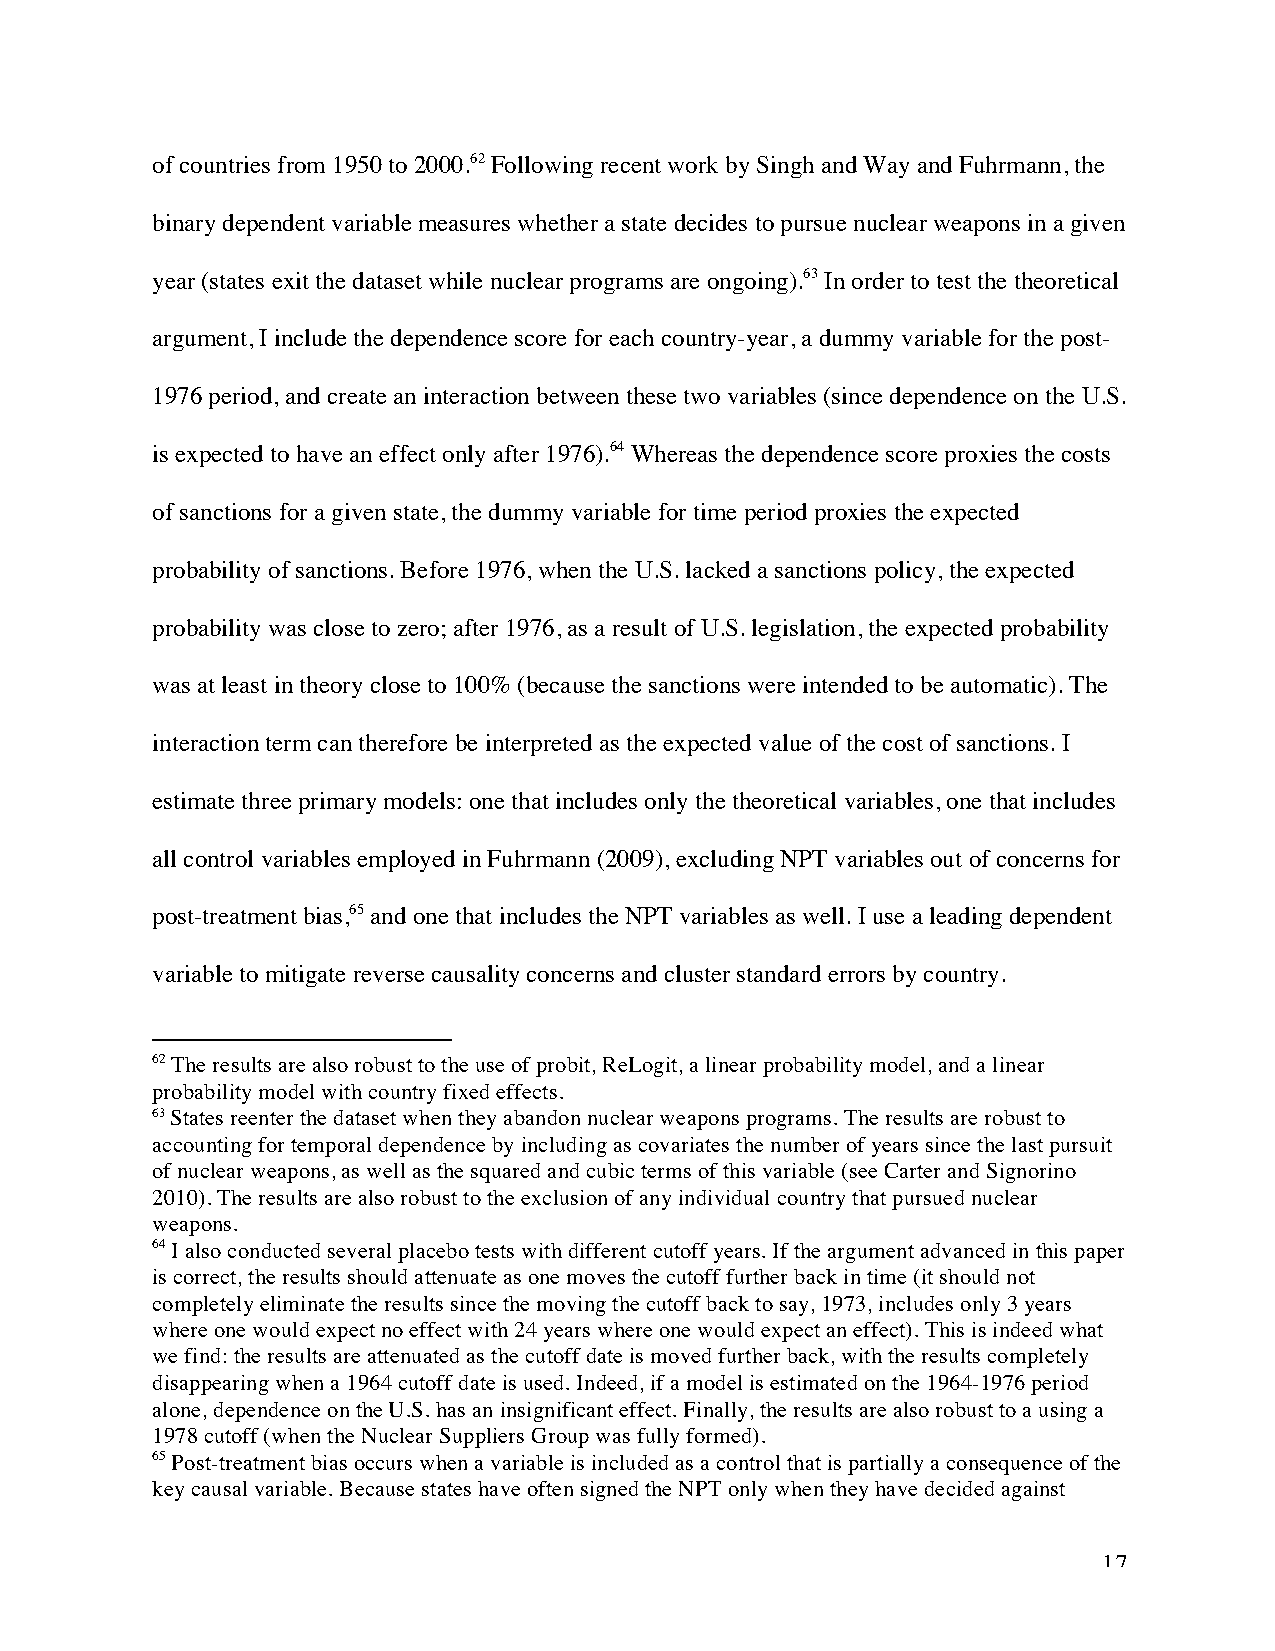
of countries from 1950 to 2000.62 Following recent work by Singh and Way and Fuhrmann, the
 binary dependent variable measures whether a state decides to pursue nuclear weapons in a given
 year (states exit the dataset while nuclear programs are ongoing).63 In order to test the theoretical
 argument, I include the dependence score for each country-year, a dummy variable for the post-
 1976 period, and create an interaction between these two variables (since dependence on the U.S.
 is expected to have an effect only after 1976).64 Whereas the dependence score proxies the costs
 of sanctions for a given state, the dummy variable for time period proxies the expected
 probability of sanctions. Before 1976, when the U.S. lacked a sanctions policy, the expected
 probability was close to zero; after 1976, as a result of U.S. legislation, the expected probability
 was at least in theory close to 100% (because the sanctions were intended to be automatic). The
 interaction term can therefore be interpreted as the expected value of the cost of sanctions. I
 estimate three primary models: one that includes only the theoretical variables, one that includes
 all control variables employed in Fuhrmann (2009), excluding NPT variables out of concerns for
 post-treatment bias,65 and one that includes the NPT variables as well. I use a leading dependent
 variable to mitigate reverse causality concerns and cluster standard errors by country.
 62 The results are also robust to the use of probit, ReLogit, a linear probability model, and a linear
 probability model with country fixed effects.
 63 States reenter the dataset when they abandon nuclear weapons programs. The results are robust to
 accounting for temporal dependence by including as covariates the number of years since the last pursuit
 of nuclear weapons, as well as the squared and cubic terms of this variable (see Carter and Signorino
 2010). The results are also robust to the exclusion of any individual country that pursued nuclear
 weapons.
 64 I also conducted several placebo tests with different cutoff years. If the argument advanced in this paper
 is correct, the results should attenuate as one moves the cutoff further back in time (it should not
 completely eliminate the results since the moving the cutoff back to say, 1973, includes only 3 years
 where one would expect no effect with 24 years where one would expect an effect). This is indeed what
 we find: the results are attenuated as the cutoff date is moved further back, with the results completely
 disappearing when a 1964 cutoff date is used. Indeed, if a model is estimated on the 1964-1976 period
 alone, dependence on the U.S. has an insignificant effect. Finally, the results are also robust to a using a
 1978 cutoff (when the Nuclear Suppliers Group was fully formed).
 65 Post-treatment bias occurs when a variable is included as a control that is partially a consequence of the
 key causal variable. Because states have often signed the NPT only when they have decided against
 17